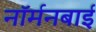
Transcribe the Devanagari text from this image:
नॉर्मनबाई